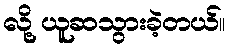
လို့ ယူဆသွားခဲ့တယ်။